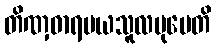
တိဏှဓာရမယသူလမုပေတိ